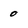
Character: 0